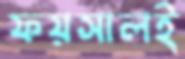
ফয়সালই